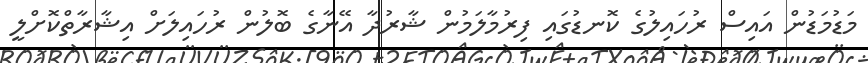
މަޑުމަޑުން އައިސް ރުހައިލުގެ ކޮނޑުގައި ފިރުމާލަމުން ޝާރުދާ އޭނާގެ ބޮލުން ރުހައިލަށް އިޝާރާތްކޮށްލީ